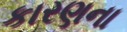
કારણના